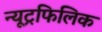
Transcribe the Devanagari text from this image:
न्यूट्रफिलिक